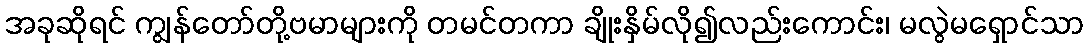
အခုဆိုရင် ကျွန်တော်တို့ဗမာများကို တမင်တကာ ချိုးနှိမ်လို၍လည်းကောင်း၊ မလွဲမရှောင်သာ